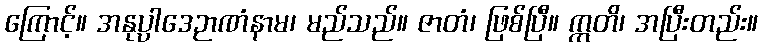
ကြောင့်။ အနုပ္ပါဒေဉာဏံနာမ၊ မည်သည်။ ဇာတံ၊ ဖြစ်ပြီ။ ဣတိ၊ အပြီးတည်း။